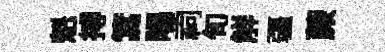
魁搏篙暘祠旬觧疆蕨